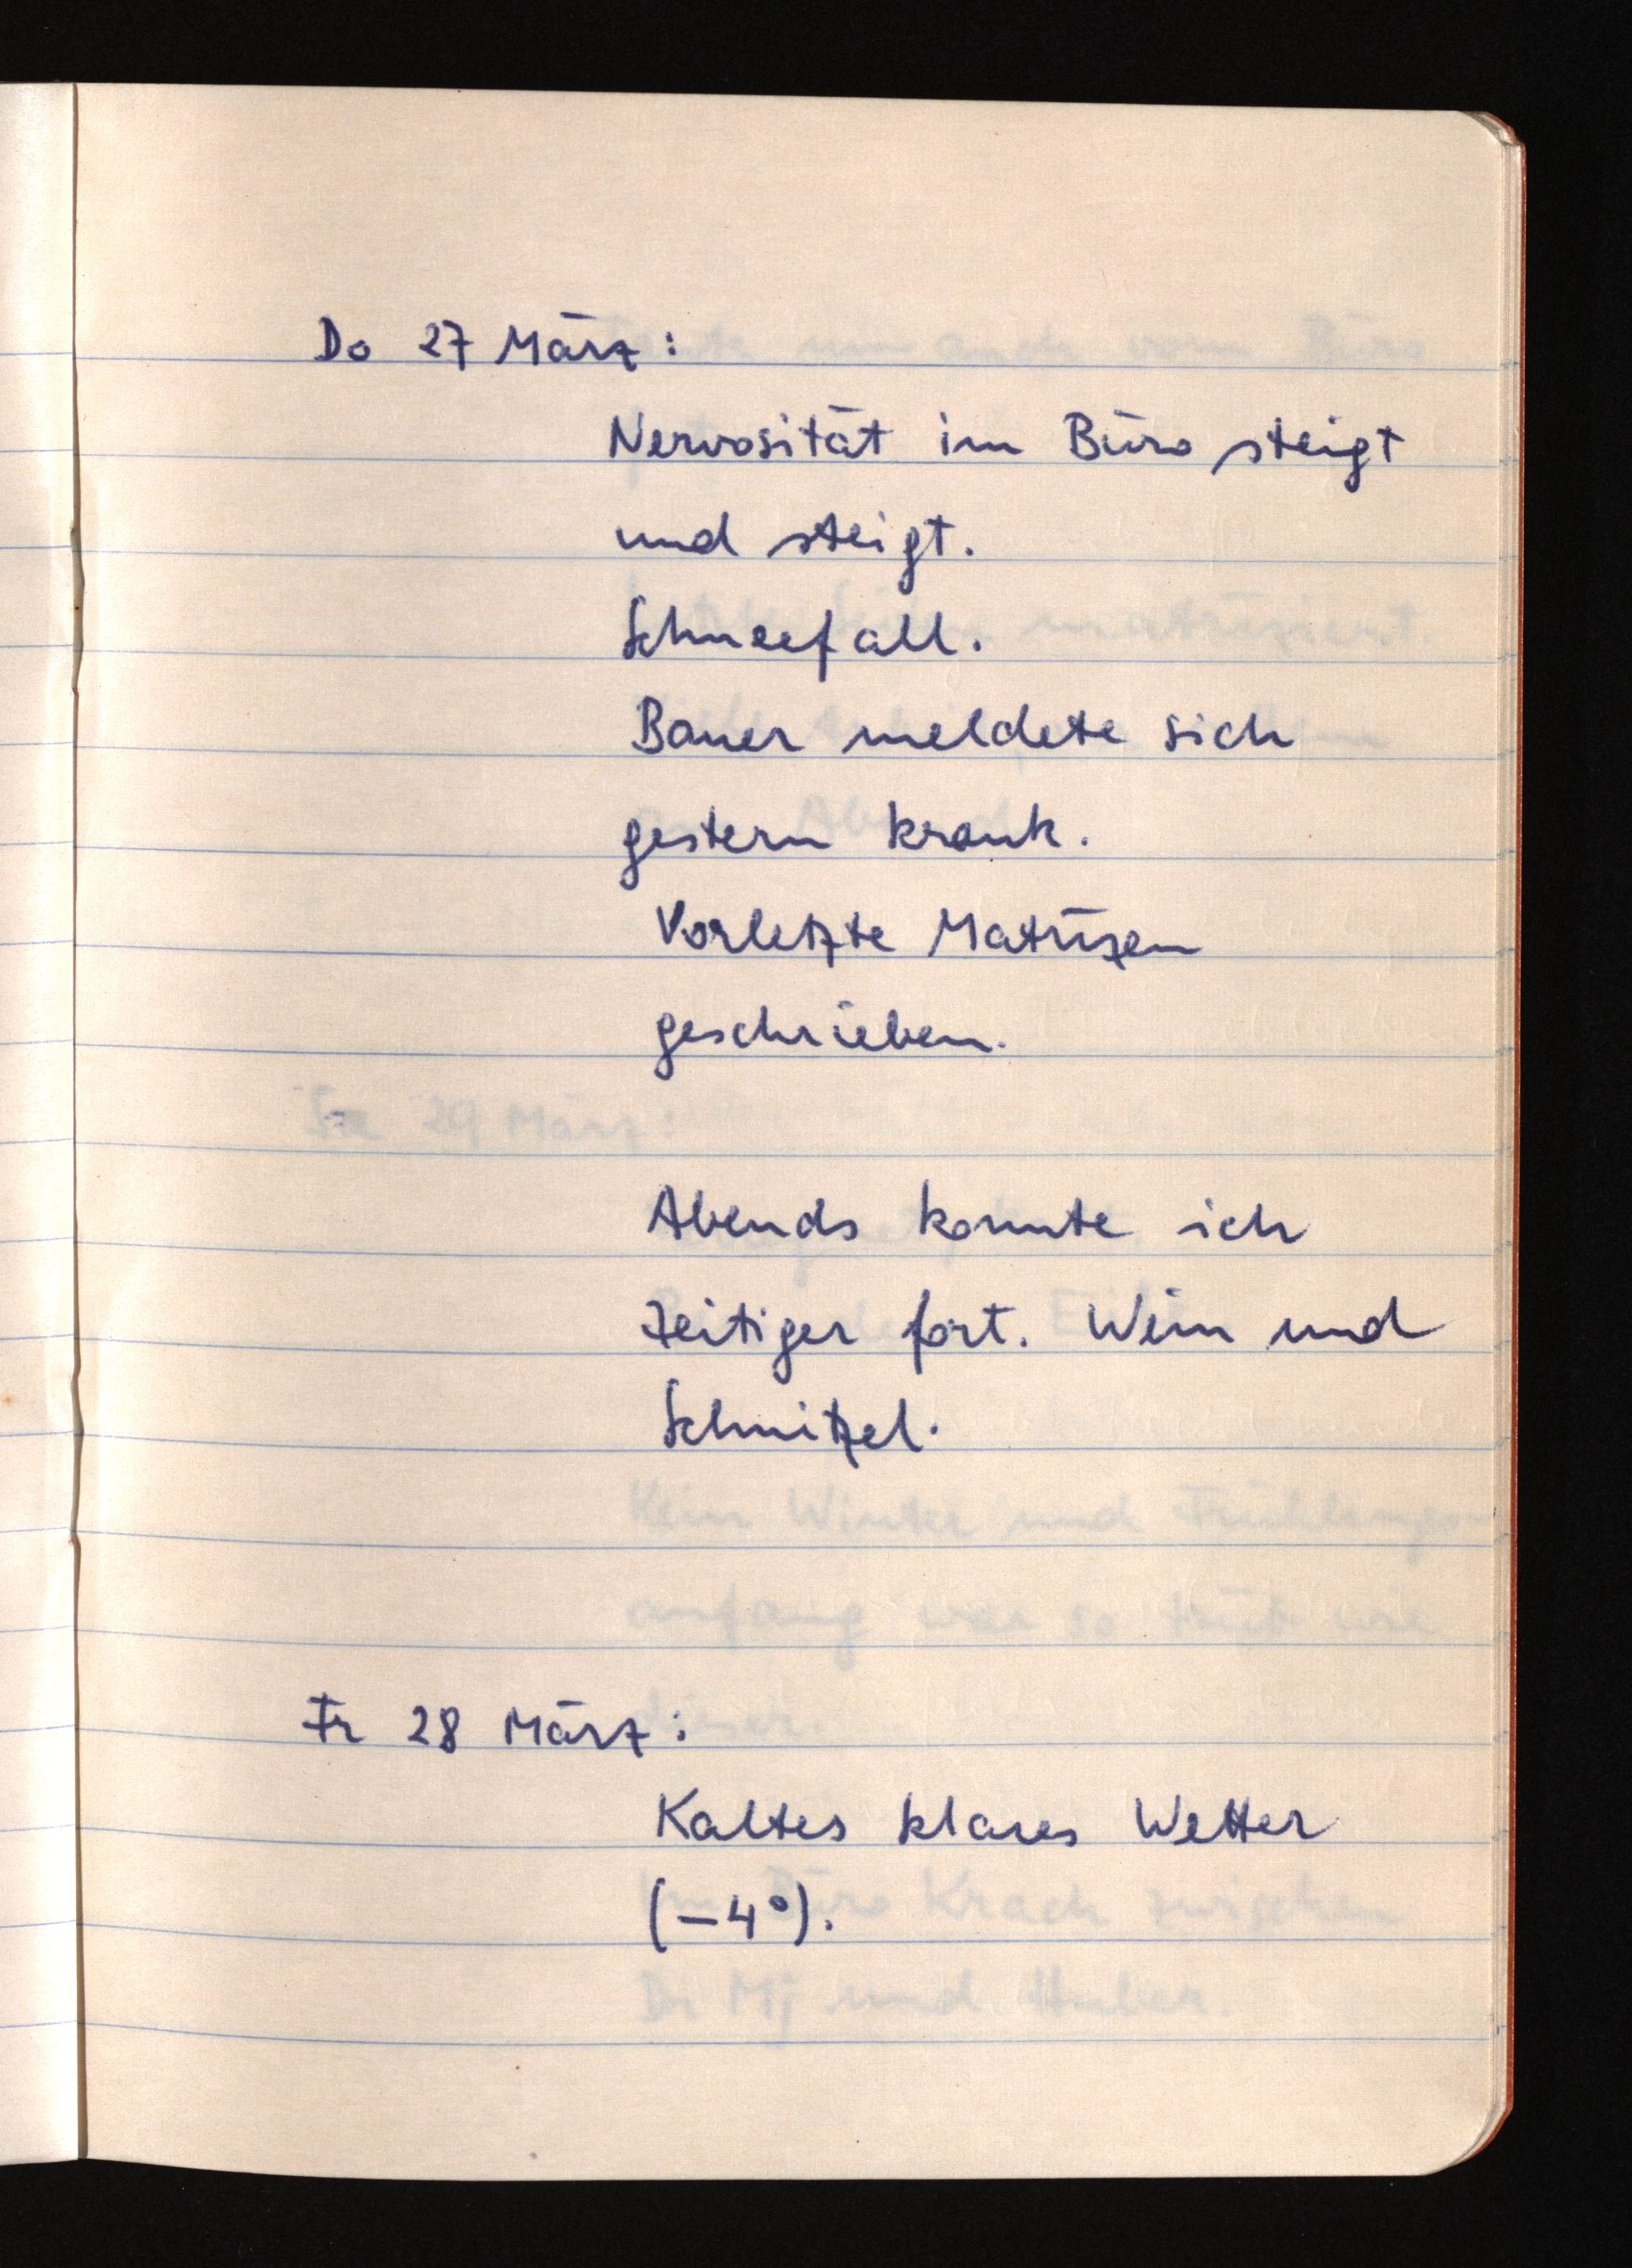
Do 27 März:
Nervosität im Büro steigt
und steigt.
Schneefall.
Bauer meldete sich
gestern krank.
Vorletzte Matrizen
geschrieben.
Abends konnte ich
zeitiger fort. Wein und
Schnitzel.
Fr 28 März:
Kaltes klares Wetter
(-4°).